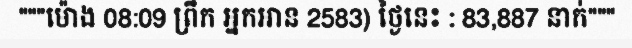
"""ម៉ោង 08:09 ព្រឹក អ្នកអាន 2583) ថ្ងៃនេះ : 83,887 នាក់"""